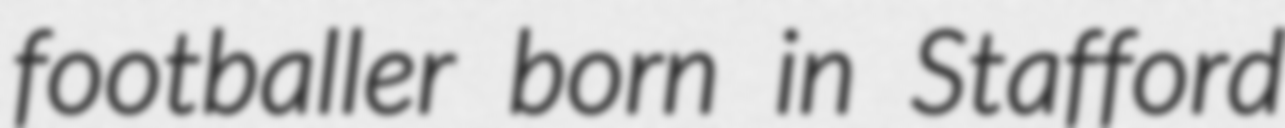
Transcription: footballer born in Stafford